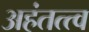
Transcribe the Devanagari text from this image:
अहंतत्त्व